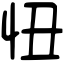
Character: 忸